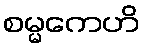
စမ္မကေဟိ